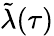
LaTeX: \tilde{\lambda}(\tau)